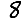
Digit: 8